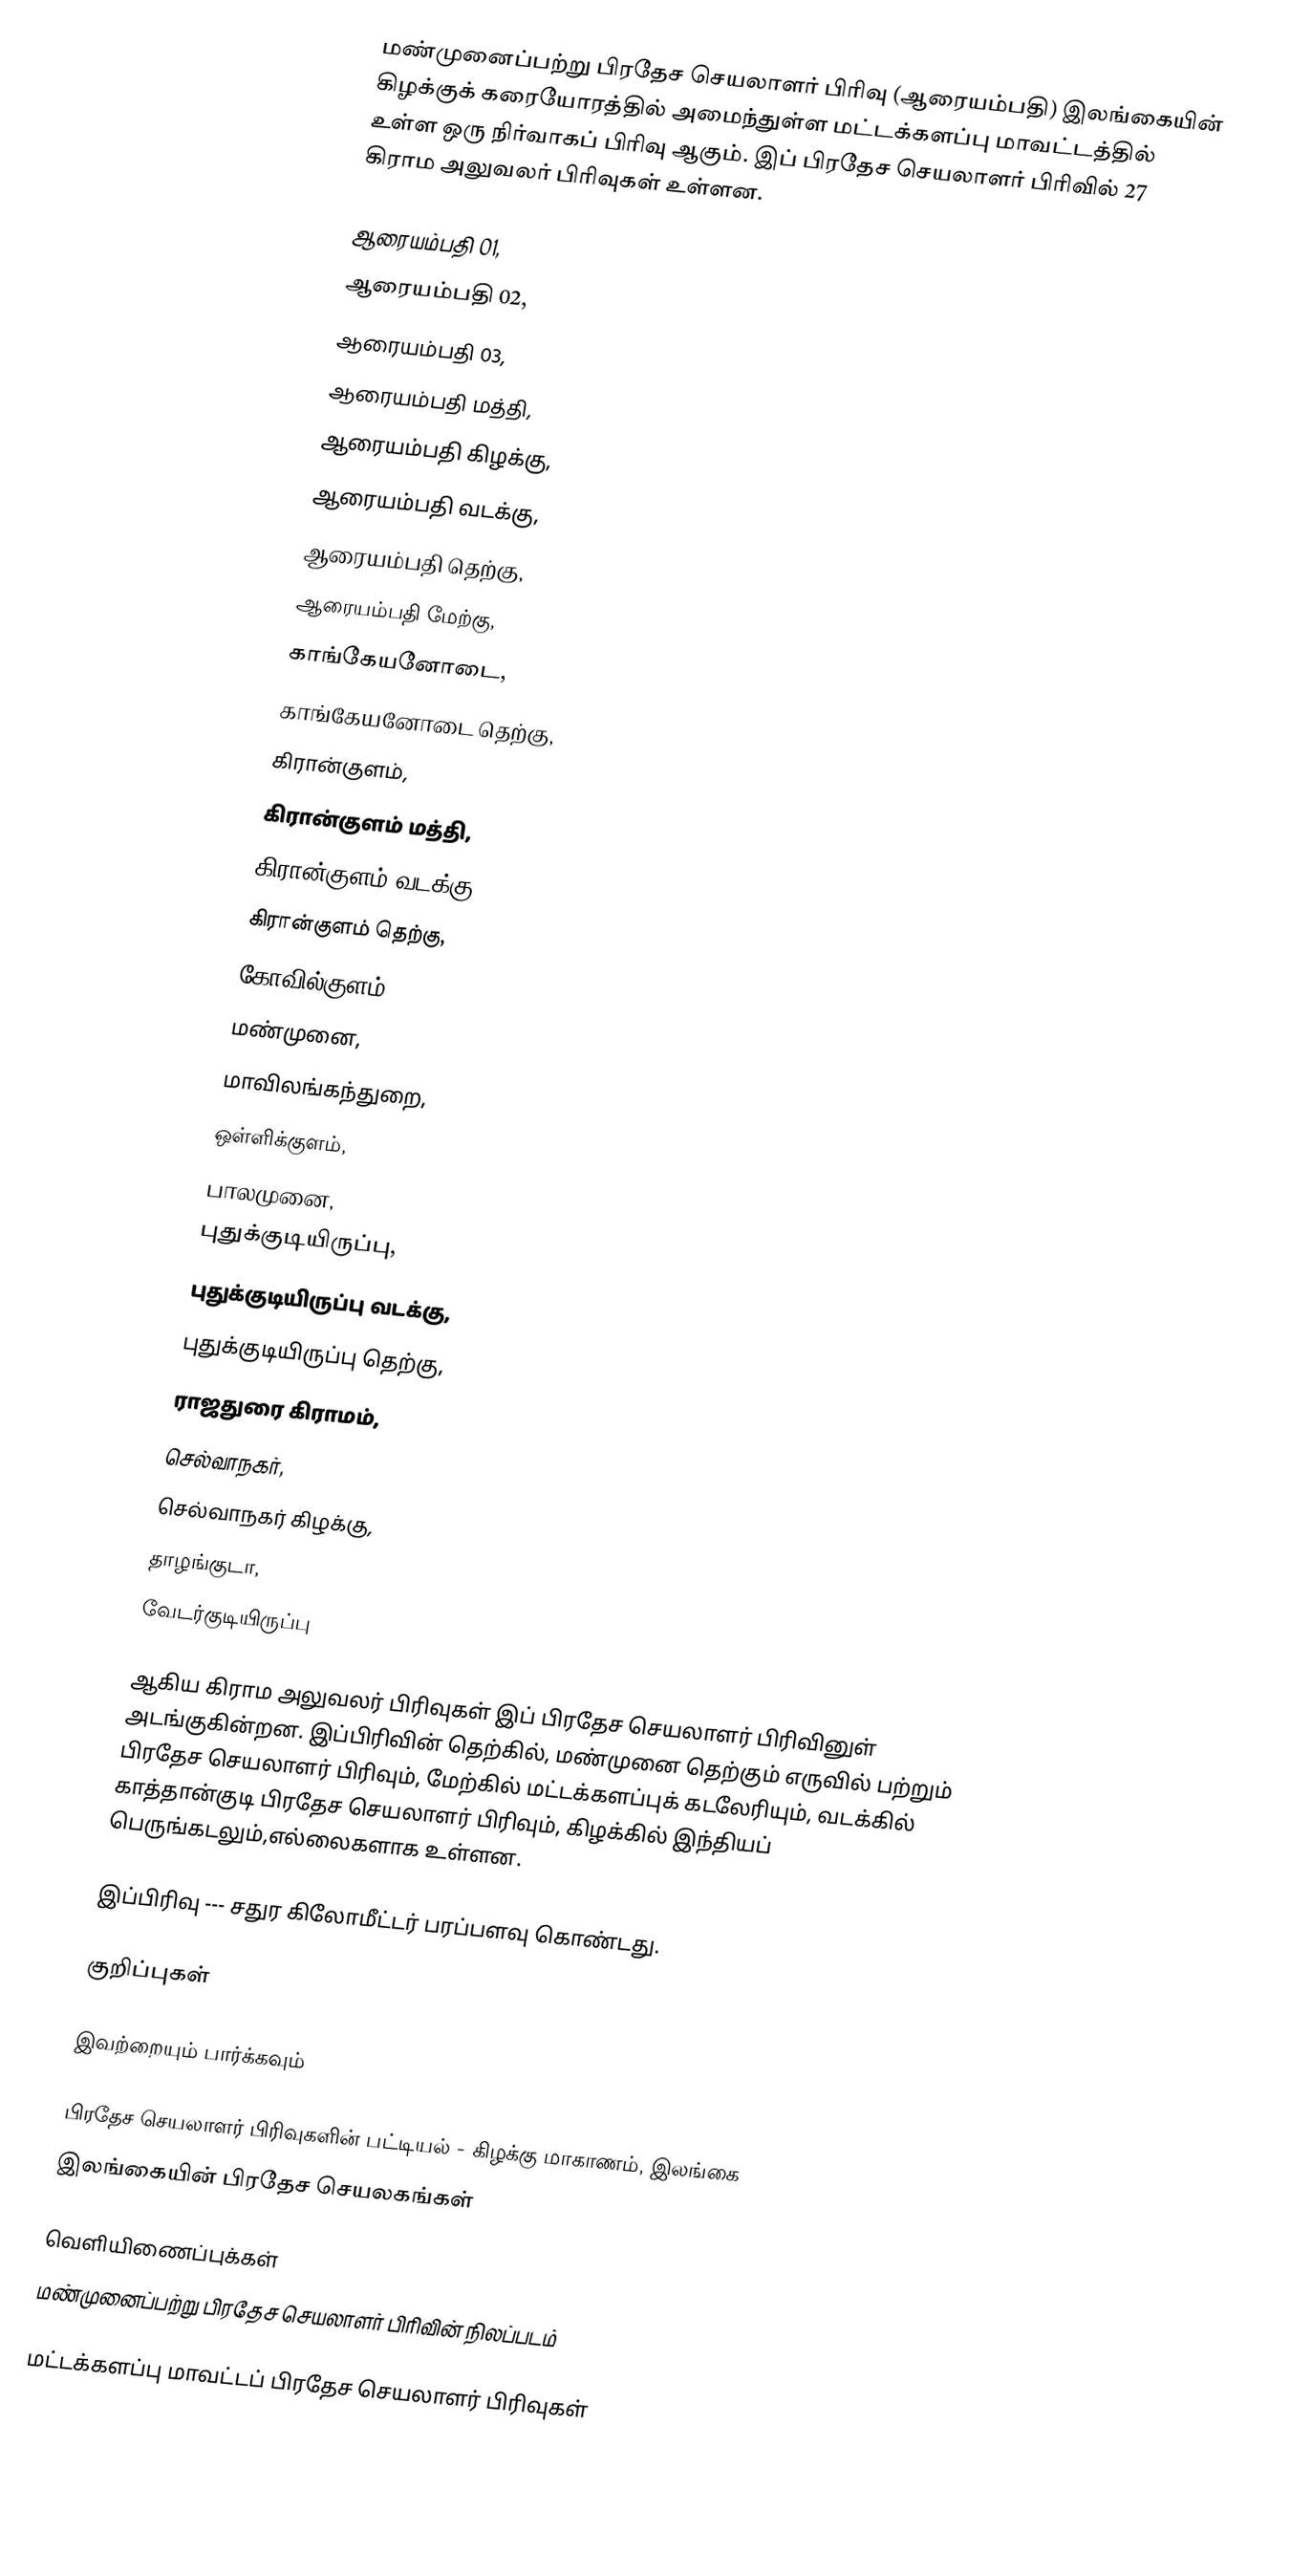
மண்முனைப்பற்று பிரதேச செயலாளர் பிரிவு (ஆரையம்பதி) இலங்கையின் கிழக்குக் கரையோரத்தில் அமைந்துள்ள மட்டக்களப்பு மாவட்டத்தில் உள்ள ஒரு நிர்வாகப் பிரிவு ஆகும். இப் பிரதேச செயலாளர் பிரிவில் 27 கிராம அலுவலர் பிரிவுகள் உள்ளன.

 ஆரையம்பதி 01,
 ஆரையம்பதி 02,
 ஆரையம்பதி 03,
 ஆரையம்பதி மத்தி,
 ஆரையம்பதி கிழக்கு,
 ஆரையம்பதி வடக்கு,
 ஆரையம்பதி தெற்கு,
 ஆரையம்பதி மேற்கு,
 காங்கேயனோடை,
 காங்கேயனோடை தெற்கு,
 கிரான்குளம்,
 கிரான்குளம் மத்தி,
 கிரான்குளம் வடக்கு,
 கிரான்குளம் தெற்கு,
 கோவில்குளம்,
 மண்முனை,
 மாவிலங்கந்துறை,
 ஒள்ளிக்குளம்,
 பாலமுனை,
 புதுக்குடியிருப்பு,
 புதுக்குடியிருப்பு வடக்கு,
 புதுக்குடியிருப்பு தெற்கு,
 ராஜதுரை கிராமம்,
 செல்வாநகர்,
 செல்வாநகர் கிழக்கு,
 தாழங்குடா,
 வேடர்குடியிருப்பு

ஆகிய கிராம அலுவலர் பிரிவுகள் இப் பிரதேச செயலாளர் பிரிவினுள் அடங்குகின்றன. இப்பிரிவின் தெற்கில், மண்முனை தெற்கும் எருவில் பற்றும் பிரதேச செயலாளர் பிரிவும், மேற்கில் மட்டக்களப்புக் கடலேரியும், வடக்கில் காத்தான்குடி பிரதேச செயலாளர் பிரிவும், கிழக்கில் இந்தியப் பெருங்கடலும்,எல்லைகளாக உள்ளன.

இப்பிரிவு --- சதுர கிலோமீட்டர் பரப்பளவு கொண்டது.

குறிப்புகள்

இவற்றையும் பார்க்கவும்

 பிரதேச செயலாளர் பிரிவுகளின் பட்டியல் - கிழக்கு மாகாணம், இலங்கை
 இலங்கையின் பிரதேச செயலகங்கள்

வெளியிணைப்புக்கள்
மண்முனைப்பற்று பிரதேச செயலாளர் பிரிவின் நிலப்படம்

மட்டக்களப்பு மாவட்டப் பிரதேச செயலாளர் பிரிவுகள்